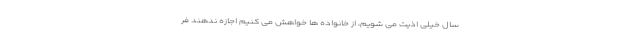
سال خیلی اذیت می شویم، از خانواده ها خواهش می کنیم اجازه ندهند فر